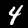
Digit: 4